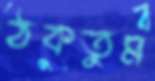
ঠকতুম